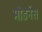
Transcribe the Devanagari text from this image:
मोडर्नस